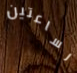
لساعتين